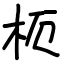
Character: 枙